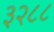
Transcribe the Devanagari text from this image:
३२८८